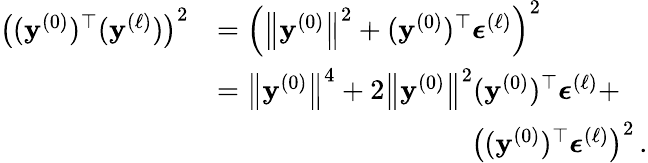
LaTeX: \begin{array}{rl}{\left(({\mathbf{y}}^{(0)})^{\top}({\mathbf{y}}^{(\ell)})\right)^{2}}&{=\left(\left\lVert{\mathbf{y}}^{(0)}\right\rVert^{2}+({\mathbf{y}}^{(0)})^{\top}{\boldsymbol{\epsilon}}^{(\ell)}\right)^{2}}\\ &{=\left\lVert{\mathbf{y}}^{(0)}\right\rVert^{4}+2\left\lVert{\mathbf{y}}^{(0)}\right\rVert^{2}({\mathbf{y}}^{(0)})^{\top}{\boldsymbol{\epsilon}}^{(\ell)}+}\\ &{\qquad\qquad\qquad\qquad\quad\left(({\mathbf{y}}^{(0)})^{\top}{\boldsymbol{\epsilon}}^{(\ell)}\right)^{2}\, .}\end{array}